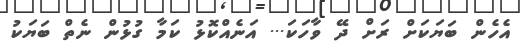
އެހެން ބަޔަކަށް ރަށް ދޭ ވާހަކަ... އަނެއްކޮޅު ކަމާ ގުޅުން ނެތް ބަޔަކު